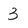
Character: 3